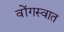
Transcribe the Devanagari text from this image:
वोंगस्वात